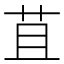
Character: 苴